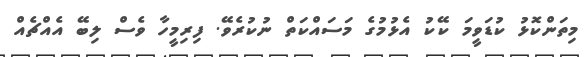
މިތަންކޮޅު ކުޑަވީމަ ކޭކު އެޅުމުގެ މަސައްކަތް ނުކުރެވޭ. ފިރިމީހާ ވެސް ލިބޭ އެއްޗެއް